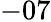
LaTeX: -07